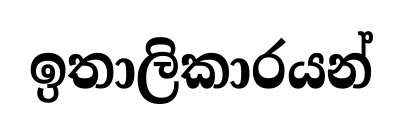
ඉතාලිකාරයන්